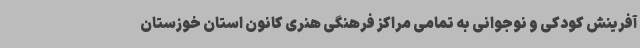
آفرینش کودکی و نوجوانی به تمامی مراکز فرهنگی هنری کانون استان خوزستان